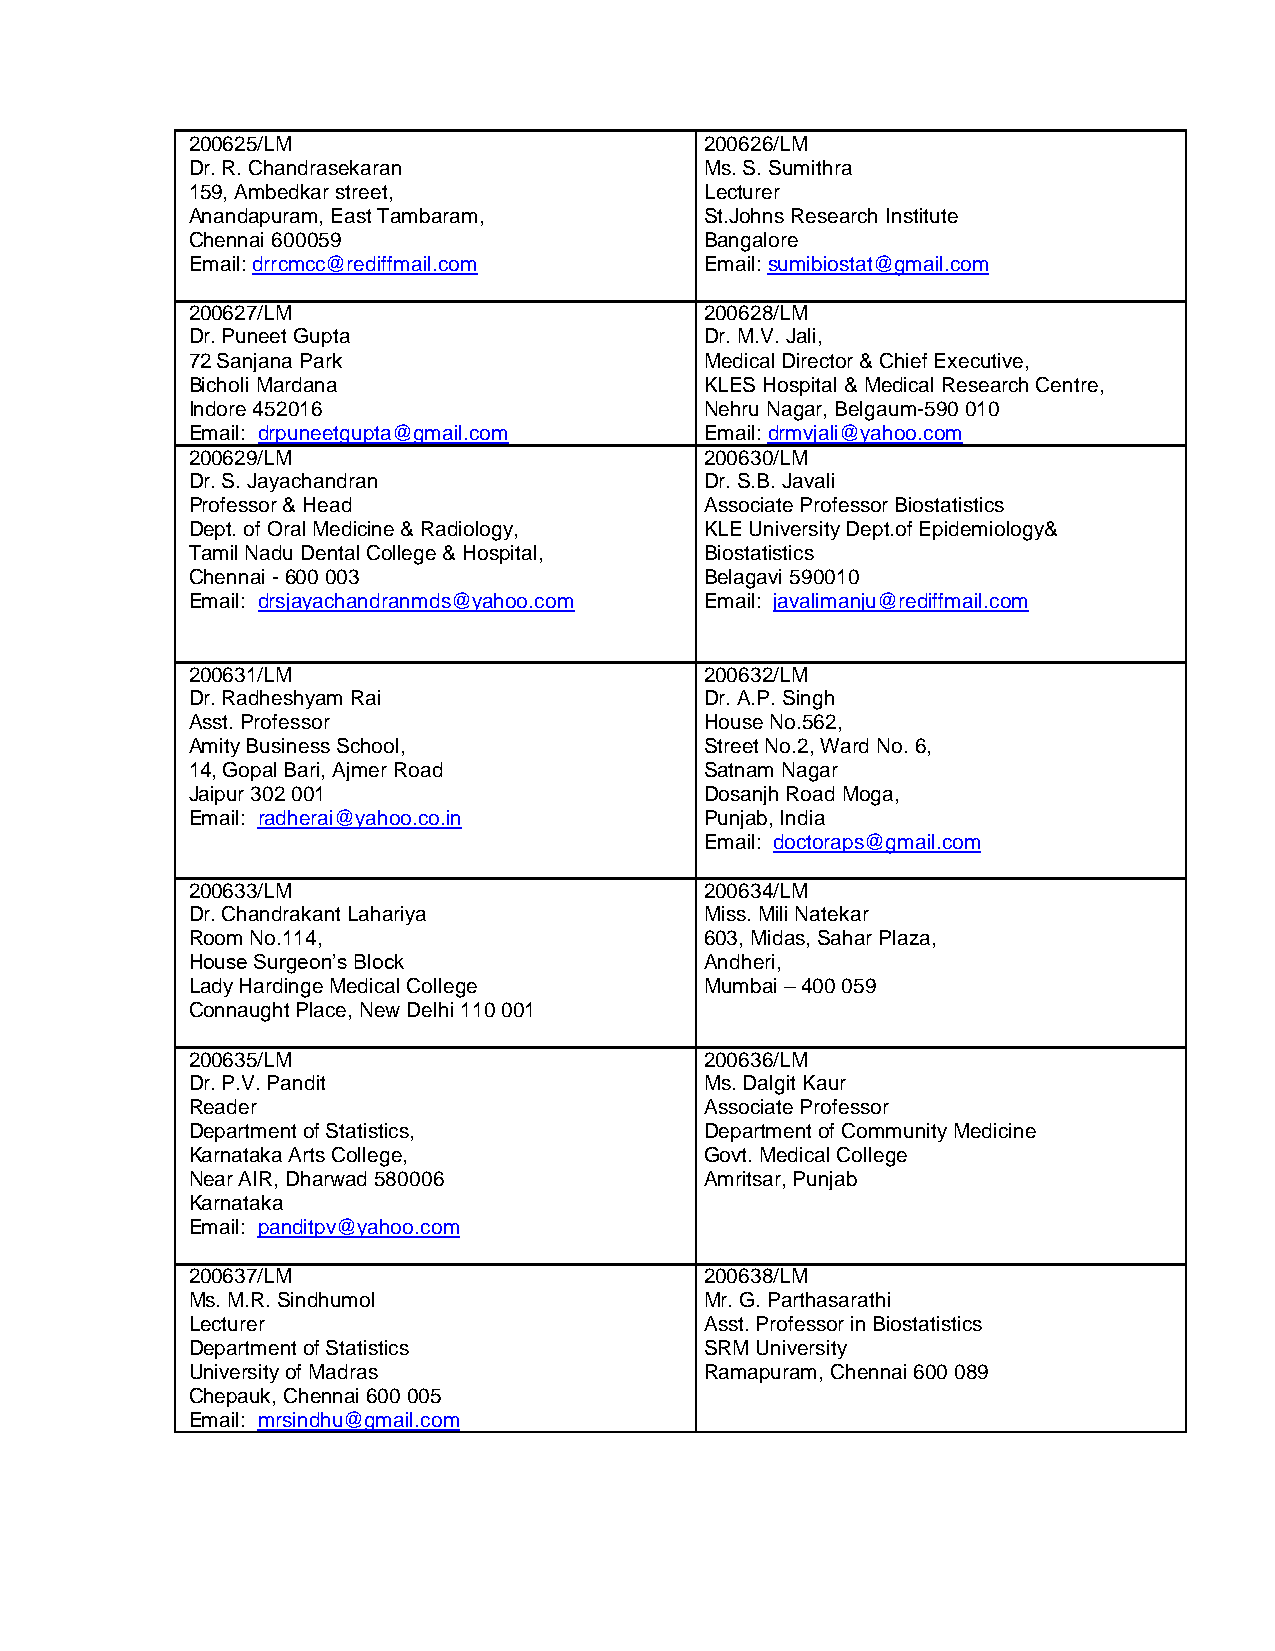
200625/LM                          200626/LM
 Dr. R. Chandrasekaran              Ms. S. Sumithra
 159, Ambedkar street,              Lecturer
 Anandapuram, East Tambaram,        St.Johns Research Institute
 Chennai 600059                     Bangalore
 Email: drrcmcc@rediffmail.com      Email: sumibiostat@gmail.com
 200627/LM                          200628/LM
 Dr. Puneet Gupta                   Dr. M.V. Jali,
 72 Sanjana Park                    Medical Director & Chief Executive,
 Bicholi Mardana                    KLES Hospital & Medical Research Centre,
 Indore 452016                      Nehru Nagar, Belgaum-590 010
 Email: drpuneetgupta@gmail.com     Email: drmvjali@yahoo.com
 200629/LM                          200630/LM
 Dr. S. Jayachandran                Dr. S.B. Javali
 Professor & Head                   Associate Professor Biostatistics
 Dept. of Oral Medicine & Radiology, KLE University Dept.of Epidemiology&
 Tamil Nadu Dental College & Hospital, Biostatistics
 Chennai - 600 003                  Belagavi 590010
 Email: drsjayachandranmds@yahoo.com Email: javalimanju@rediffmail.com
 200631/LM                          200632/LM
 Dr. Radheshyam Rai                 Dr. A.P. Singh
 Asst. Professor                    House No.562,
 Amity Business School,             Street No.2, Ward No. 6,
 14, Gopal Bari, Ajmer Road         Satnam Nagar
 Jaipur 302 001                     Dosanjh Road Moga,
 Email: radherai@yahoo.co.in        Punjab, India
 Email: doctoraps@gmail.com
 200633/LM                          200634/LM
 Dr. Chandrakant Lahariya           Miss. Mili Natekar
 Room No.114,                       603, Midas, Sahar Plaza,
 House Surgeon’s Block              Andheri,
 Lady Hardinge Medical College      Mumbai – 400 059
 Connaught Place, New Delhi 110 001
 200635/LM                          200636/LM
 Dr. P.V. Pandit                    Ms. Dalgit Kaur
 Reader                             Associate Professor
 Department of Statistics,          Department of Community Medicine
 Karnataka Arts College,            Govt. Medical College
 Near AIR, Dharwad 580006           Amritsar, Punjab
 Karnataka
 Email: panditpv@yahoo.com
 200637/LM                          200638/LM
 Ms. M.R. Sindhumol                 Mr. G. Parthasarathi
 Lecturer                           Asst. Professor in Biostatistics
 Department of Statistics           SRM University
 University of Madras               Ramapuram, Chennai 600 089
 Chepauk, Chennai 600 005
 Email: mrsindhu@gmail.com